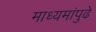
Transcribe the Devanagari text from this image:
माध्यमांपुढे